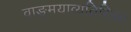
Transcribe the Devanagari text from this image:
वाङ्मयाव्यतिरिक्त